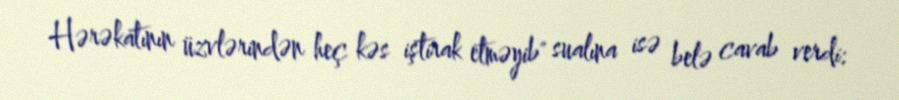
Hərəkatının üzvlərindən heç kəs iştirak etməyib" sualına isə belə cavab verdi: